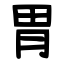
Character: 胃